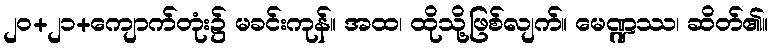
၂၀+၂၁+ကျောက်တုံး၌ မခင်းကုန်။ အထ၊ ထိုသို့ဖြစ်လျက်။ မေဏ္ဍဿ၊ ဆိတ်၏။